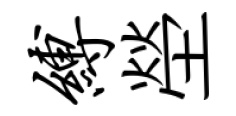
缚塋